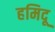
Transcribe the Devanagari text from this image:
हमिदू